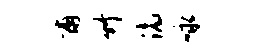
甫竹滴咏